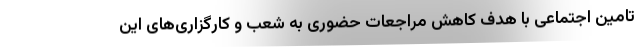
تامین اجتماعی با هدف کاهش مراجعات حضوری به شعب و کارگزاری‌های این